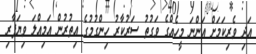
އަދި ވެރިކަމަށް އަންނަ މީހެއްގެ ވަގުތު ސަރުކާރު ހިންގުމުގެ އިތުރުން އަމިއްލަ ވިޔަފާރި